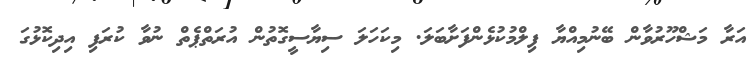
އަރާ މަޝްހޫރުވާން ބޭނުމިއްޔާ ފިލްމުކުޅެންފަށާބަލަ. މިކަހަލަ ސިޔާސީގޮތުން އުރަތްޕެތް ނުވާ ކުރަފި އިދިކޮޅުގަ